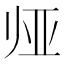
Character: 𱍰